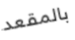
بالمقعد